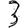
Digit: 3